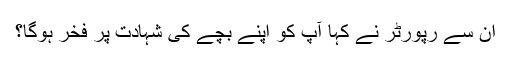
ان سے رپورٹر نے کہا آپ کو اپنے بچے کی شہادت پر فخر ہوگا؟